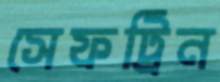
সেফট্রিন